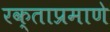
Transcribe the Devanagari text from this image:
रक्ताप्रमाणे